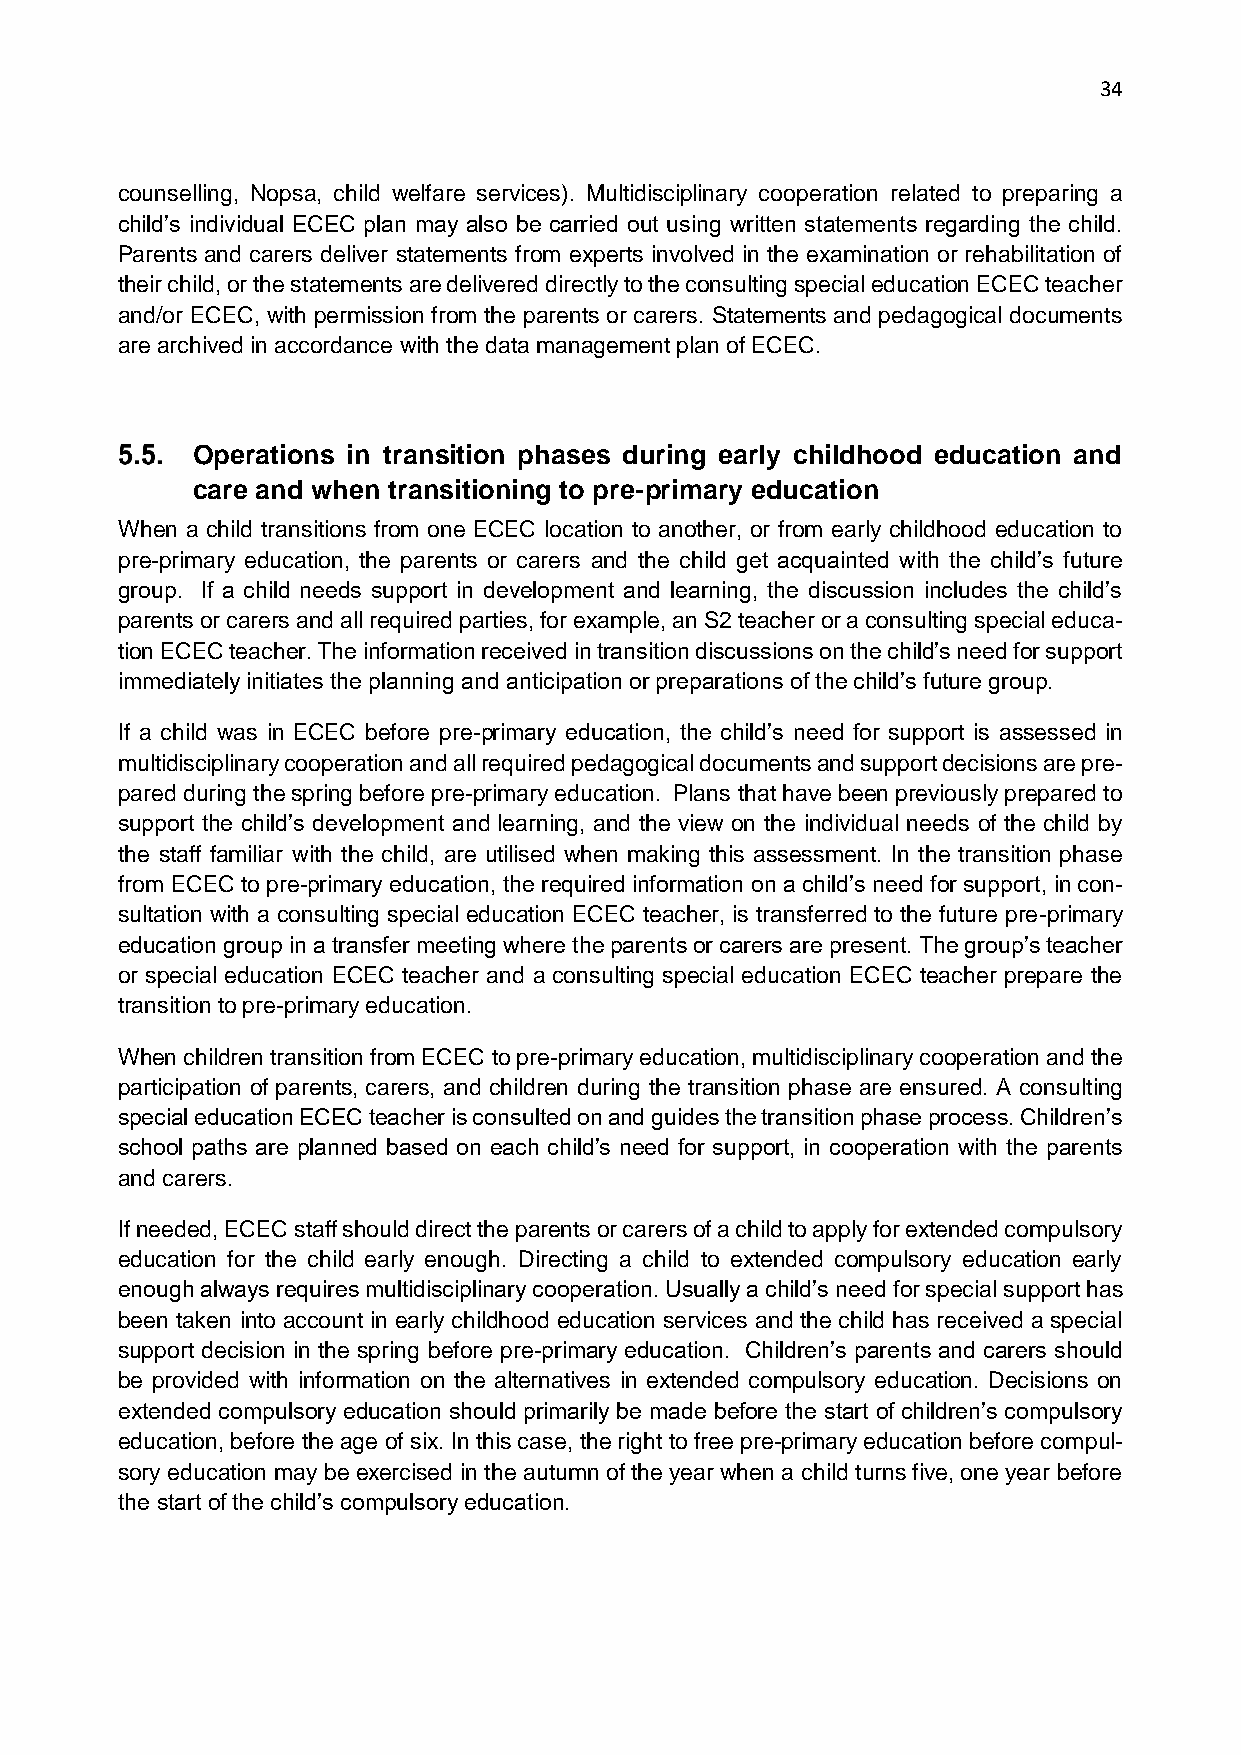
34
 counselling, Nopsa, child welfare services). Multidisciplinary cooperation related to preparing a
 child’s individual ECEC plan may also be carried out using written statements regarding the child.
 Parents and carers deliver statements from experts involved in the examination or rehabilitation of
 their child, or the statements are delivered directly to the consulting special education ECEC teacher
 and/or ECEC, with permission from the parents or carers. Statements and pedagogical documents
 are archived in accordance with the data management plan of ECEC.
 Operations in transition phases during early childhood education and
 care and when transitioning to pre-primary education
 When a child transitions from one ECEC location to another, or from early childhood education to
 pre-primary education, the parents or carers and the child get acquainted with the child’s future
 group. If a child needs support in development and learning, the discussion includes the child’s
 parents or carers and all required parties, for example, an S2 teacher or a consulting special educa-
 tion ECEC teacher. The information received in transition discussions on the child’s need for support
 immediately initiates the planning and anticipation or preparations of the child’s future group.
 If a child was in ECEC before pre-primary education, the child’s need for support is assessed in
 multidisciplinary cooperation and all required pedagogical documents and support decisions are pre-
 pared during the spring before pre-primary education. Plans that have been previously prepared to
 support the child’s development and learning, and the view on the individual needs of the child by
 the staff familiar with the child, are utilised when making this assessment. In the transition phase
 from ECEC to pre-primary education, the required information on a child’s need for support, in con-
 sultation with a consulting special education ECEC teacher, is transferred to the future pre-primary
 education group in a transfer meeting where the parents or carers are present. The group’s teacher
 or special education ECEC teacher and a consulting special education ECEC teacher prepare the
 transition to pre-primary education.
 When children transition from ECEC to pre-primary education, multidisciplinary cooperation and the
 participation of parents, carers, and children during the transition phase are ensured. A consulting
 special education ECEC teacher is consulted on and guides the transition phase process. Children’s
 school paths are planned based on each child’s need for support, in cooperation with the parents
 and carers.
 If needed, ECEC staff should direct the parents or carers of a child to apply for extended compulsory
 education for the child early enough. Directing a child to extended compulsory education early
 enough always requires multidisciplinary cooperation. Usually a child’s need for special support has
 been taken into account in early childhood education services and the child has received a special
 support decision in the spring before pre-primary education. Children’s parents and carers should
 be provided with information on the alternatives in extended compulsory education. Decisions on
 extended compulsory education should primarily be made before the start of children’s compulsory
 education, before the age of six. In this case, the right to free pre-primary education before compul-
 sory education may be exercised in the autumn of the year when a child turns five, one year before
 the start of the child’s compulsory education.